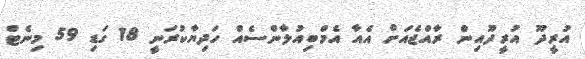
އުރީދޫ އުރީދޫއިން ރާއްޖެއަށް އެއާ އެމްބިއުލާންސެއް ހަދިޔާކުރަނީ 18 ގަޑި 59 މިނެޓް